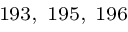
^ { 1 9 3 , ~ 1 9 5 , ~ 1 9 6 }